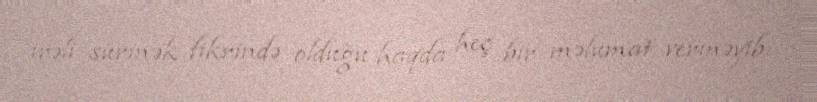
irəli sürmək fikrində olduğu haqda heç bir məlumat verməyib.